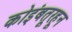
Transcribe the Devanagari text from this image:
कोइंबतूरहून